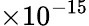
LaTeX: \times 10^{-15}